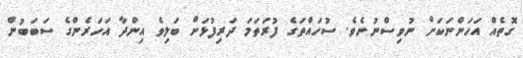
ގޮތެއް އަހަންނަކަށް ނުވިސްނުނެވެ. ސުހައްތަގެ ފުރަތަމަ ދަރިފުޅަށް ބަލިވެ އިންދާ އަހަރެންގެ ސަބަބުން